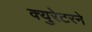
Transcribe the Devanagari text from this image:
क्युरेटरने